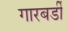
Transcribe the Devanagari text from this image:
गारबर्डी